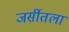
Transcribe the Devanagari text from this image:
जर्सीतला